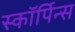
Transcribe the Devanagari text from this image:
स्कॉर्पिन्स